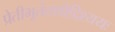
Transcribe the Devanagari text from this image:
प्रेतीभूतंतथोद्दिश्ययः